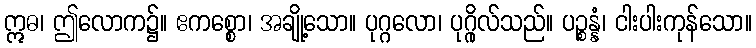
ဣဓ၊ ဤလောက၌။ ဧကစ္စော၊ အချို့သော။ ပုဂ္ဂလော၊ ပုဂ္ဂိုလ်သည်။ ပဉ္စန္နံ၊ ငါးပါးကုန်သော။